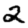
Digit: 2